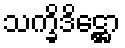
သက္ခိဒိဋ္ဌော